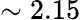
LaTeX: \sim 2.15